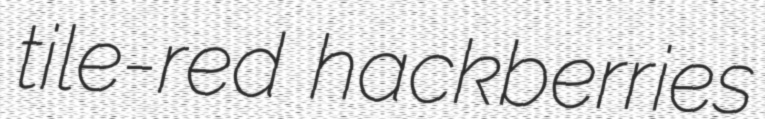
tile-red hackberries